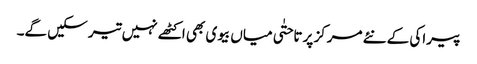
پیراکی کے نئے مرکز پر تاحتٰی میاں بیوی بھی اکٹھے نہیں تیر سکیں گے۔